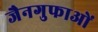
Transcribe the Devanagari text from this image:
जैनगुफाओं